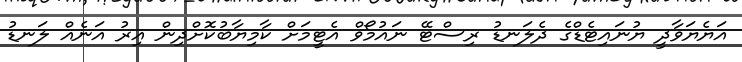
އަޔެޔަވާދީ ޔުނައިޓެޑްގެ ދެލަނޑު ރިސްޓޭ ނައުމޯވް އެޓީމަށް ކާމިޔާބުކޮށްދިން އިރު އަނެއް ލަނޑު